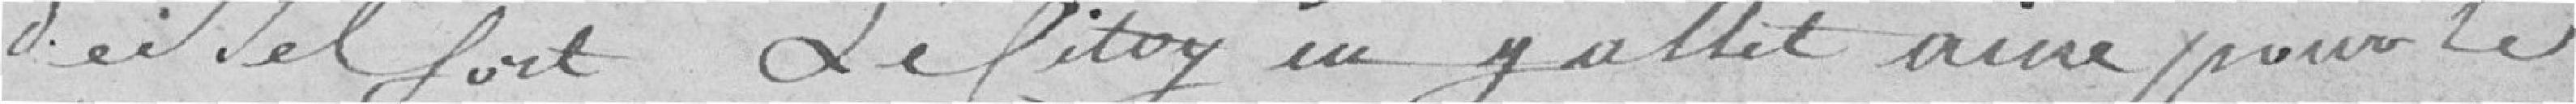
de Belfort, le Citoyen Jallet ainé pour le